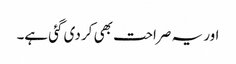
اور یہ صراحت بھی کر دی گئی ہے۔